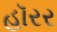
હૉરર